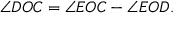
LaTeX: \angle D O C = \angle E O C - \angle E O D .